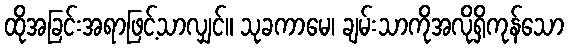
ထိုအခြင်းအရာဖြင့်သာလျှင်။ သုခကာမေ၊ ချမ်းသာကိုအလိုရှိကုန်သော